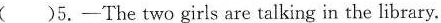
( ) 5.——The two girls are talking in the library.